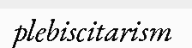
plebiscitarism